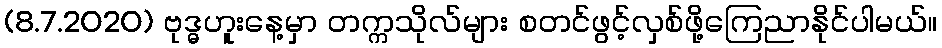
(8.7.2020) ဗုဒ္ဓဟူးနေ့မှာ တက္ကသိုလ်များ စတင်ဖွင့်လှစ်ဖို့ကြေညာနိုင်ပါမယ်။